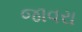
જાવરા